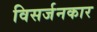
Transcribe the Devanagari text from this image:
विसर्जनकार